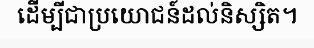
ដើម្បីជាប្រយោជន៍ដល់និស្សិត។